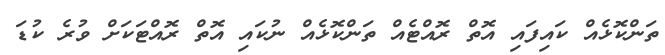
ތަންކޮޅެއް ކައިފައި އޮތް ރޮއްޓެއް ތަންކޮޅެއް ނުކައި އޮތް ރޮއްޓަކަށް ވުރެ ކުޑަ